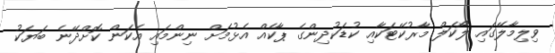
ވިލިމާލޭގައި ލޯކަލް މާރުކޭޓަކާއި ކުޑަކުދިންގެ ޕާކެއް އެޅުމަށް ނިންމައި އެކަން ކޮށްދޭނެ ބަޔަކު